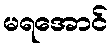
မရအောင်